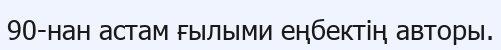
90-нан астам ғылыми еңбектің авторы.